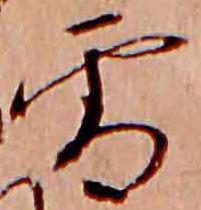
雪